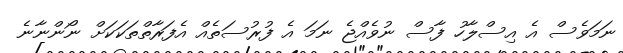
ނަމަވެސް އެ އިސްލާހު ފާސް ނުވެއްޖެ ނަމަ އެ ފުރުސަތެއް އެފަރާތްތަކަކަށް ނޯންނާނެ